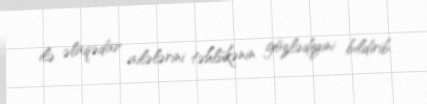
ilə əlaqədar ailələrini təhlükənin gözlədiyini bildirib.